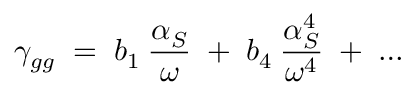
\gamma _ { g g } \; = \; b _ { 1 } \: \frac { \alpha _ { S } } { \omega } \; + \; b _ { 4 } \: \frac { \alpha _ { S } ^ { 4 } } { \omega ^ { 4 } } \; + \; \ldots